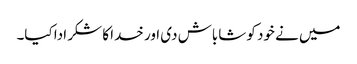
میں نے خود کو شاباش دی اور خدا کا شکر ادا کیا۔